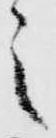
々